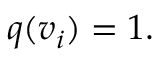
q ( v _ { i } ) = 1 .